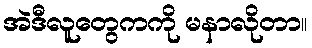
အဲဒီလူတွေကကို မနာလိုတာ။